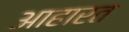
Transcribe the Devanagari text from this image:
आहारत